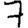
Digit: 7